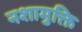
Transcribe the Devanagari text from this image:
नशामुक्ति